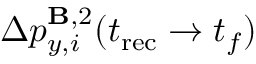
\Delta p _ { y , i } ^ { \mathbf { B } , 2 } ( t _ { \mathrm { r e c } } \to t _ { f } )